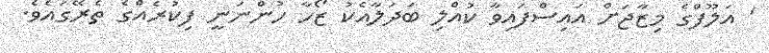
' އަލޫފްގެ މިޒާޖަށް އައިސްފައިވާ ކުއްލި ބަދަލާއެކު ޒޯހާ ހުންނަނީ ފިކުރެއްގެ ތެރޭގައެވެ.